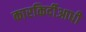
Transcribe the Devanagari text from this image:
कारकिर्दीआधी